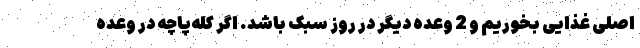
اصلی غذایی بخوریم و 2 وعده دیگر در روز سبک باشد. اگر کله‌پاچه در وعده